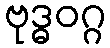
ဗုဒ္ဓဝဂ္ဂ